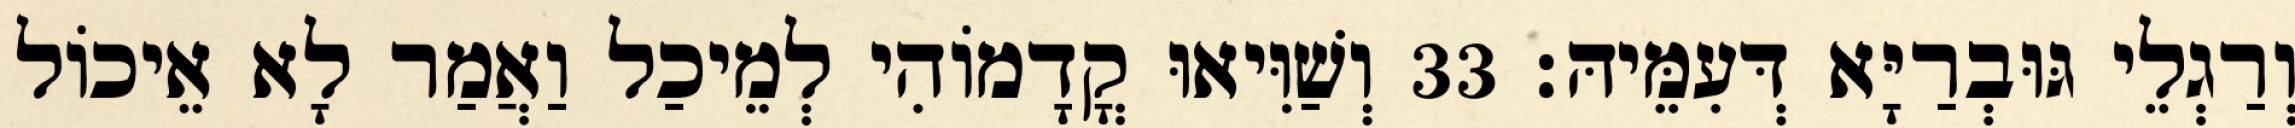
וְרַגְלֵי גּוּבְרַיָּא דְּעִמֵּיהּ׃ 33 וְשַׁוִּיאוּ קֳדָמוֹהִי לְמֵיכַל וַאֲמַר לָא אֵיכוֹל